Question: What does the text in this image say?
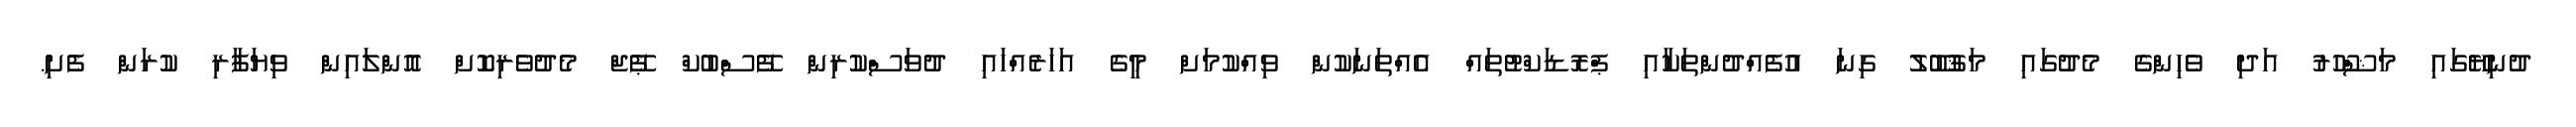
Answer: ދުނިޔޭގައި މަޝްހޫރު އަދި ވެހިންގެ މެދުގައި މަޤުބޫލު ގިނަ އުފެއްދުންތަކާއި ޕްރޮޑަކްޓުތައް އެއްތަނަކުން ވިއްކުމަށް މީގެ އަހަރެއްހައި ދުވަސްކުރިން ފޭސްބުކް ޕޭޖް މެދުވެރިކޮށް އޮންލައިން ވިޔަފާރި ކުރަން ފެށި.